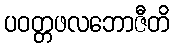
ပဝတ္တဖလဘောဇီတိ